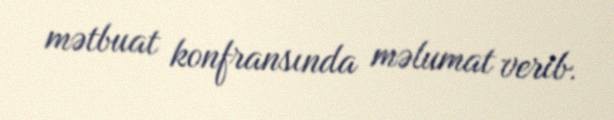
mətbuat konfransında məlumat verib.